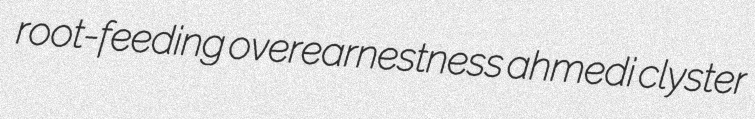
root-feeding overearnestness ahmedi clyster